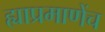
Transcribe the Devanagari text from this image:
ह्याप्रमाणेंच